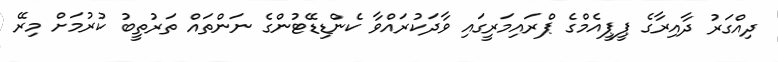
ދިއްގަރު ދާއިރާގެ ޕީޕީއެމްގެ ޕްރައިމަރީގައި ވާދަކުރައްވާ ކެންޑިޑޭޓުންގެ ނަންތައް ތަރުތީބު ކުރުމަށް މިރޭ